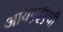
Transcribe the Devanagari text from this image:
आयएईएची